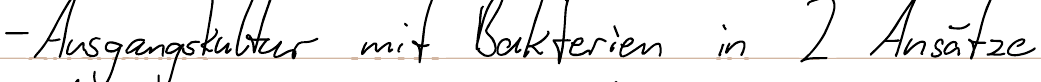
- Ausgangskultur mit Bakterien in 2 Ansätze